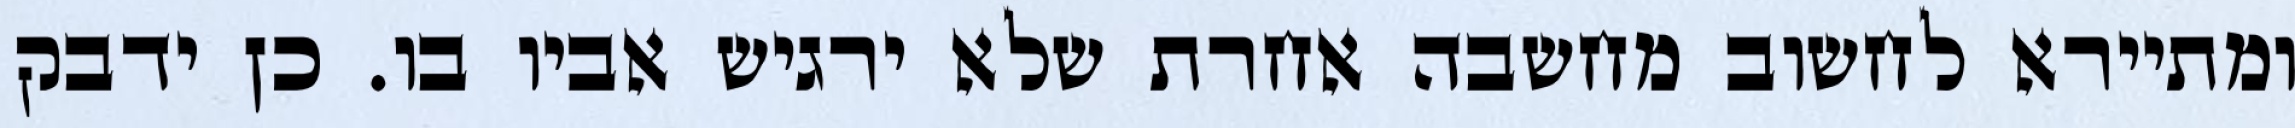
ומתיירא לחשוב מחשבה אחרת שלא ירגיש אביו בו. כן ידבק